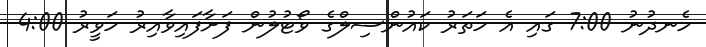
ހެނދުނު 7:00 ގައި އެ ހަތަރު ކައުންސިލްގެ ވޯޓުލުން ފަށާފައިވާއިރު ހަވީރު 4:00